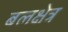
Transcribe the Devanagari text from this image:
बलक्षेत्र